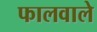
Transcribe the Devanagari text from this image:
फालवाले